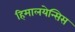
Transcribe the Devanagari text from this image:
हिमालयेन्सिस